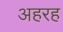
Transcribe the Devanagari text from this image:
अहरह